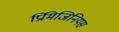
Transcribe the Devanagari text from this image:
प्रिमिजिनियस